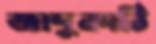
জাদুকাঠি